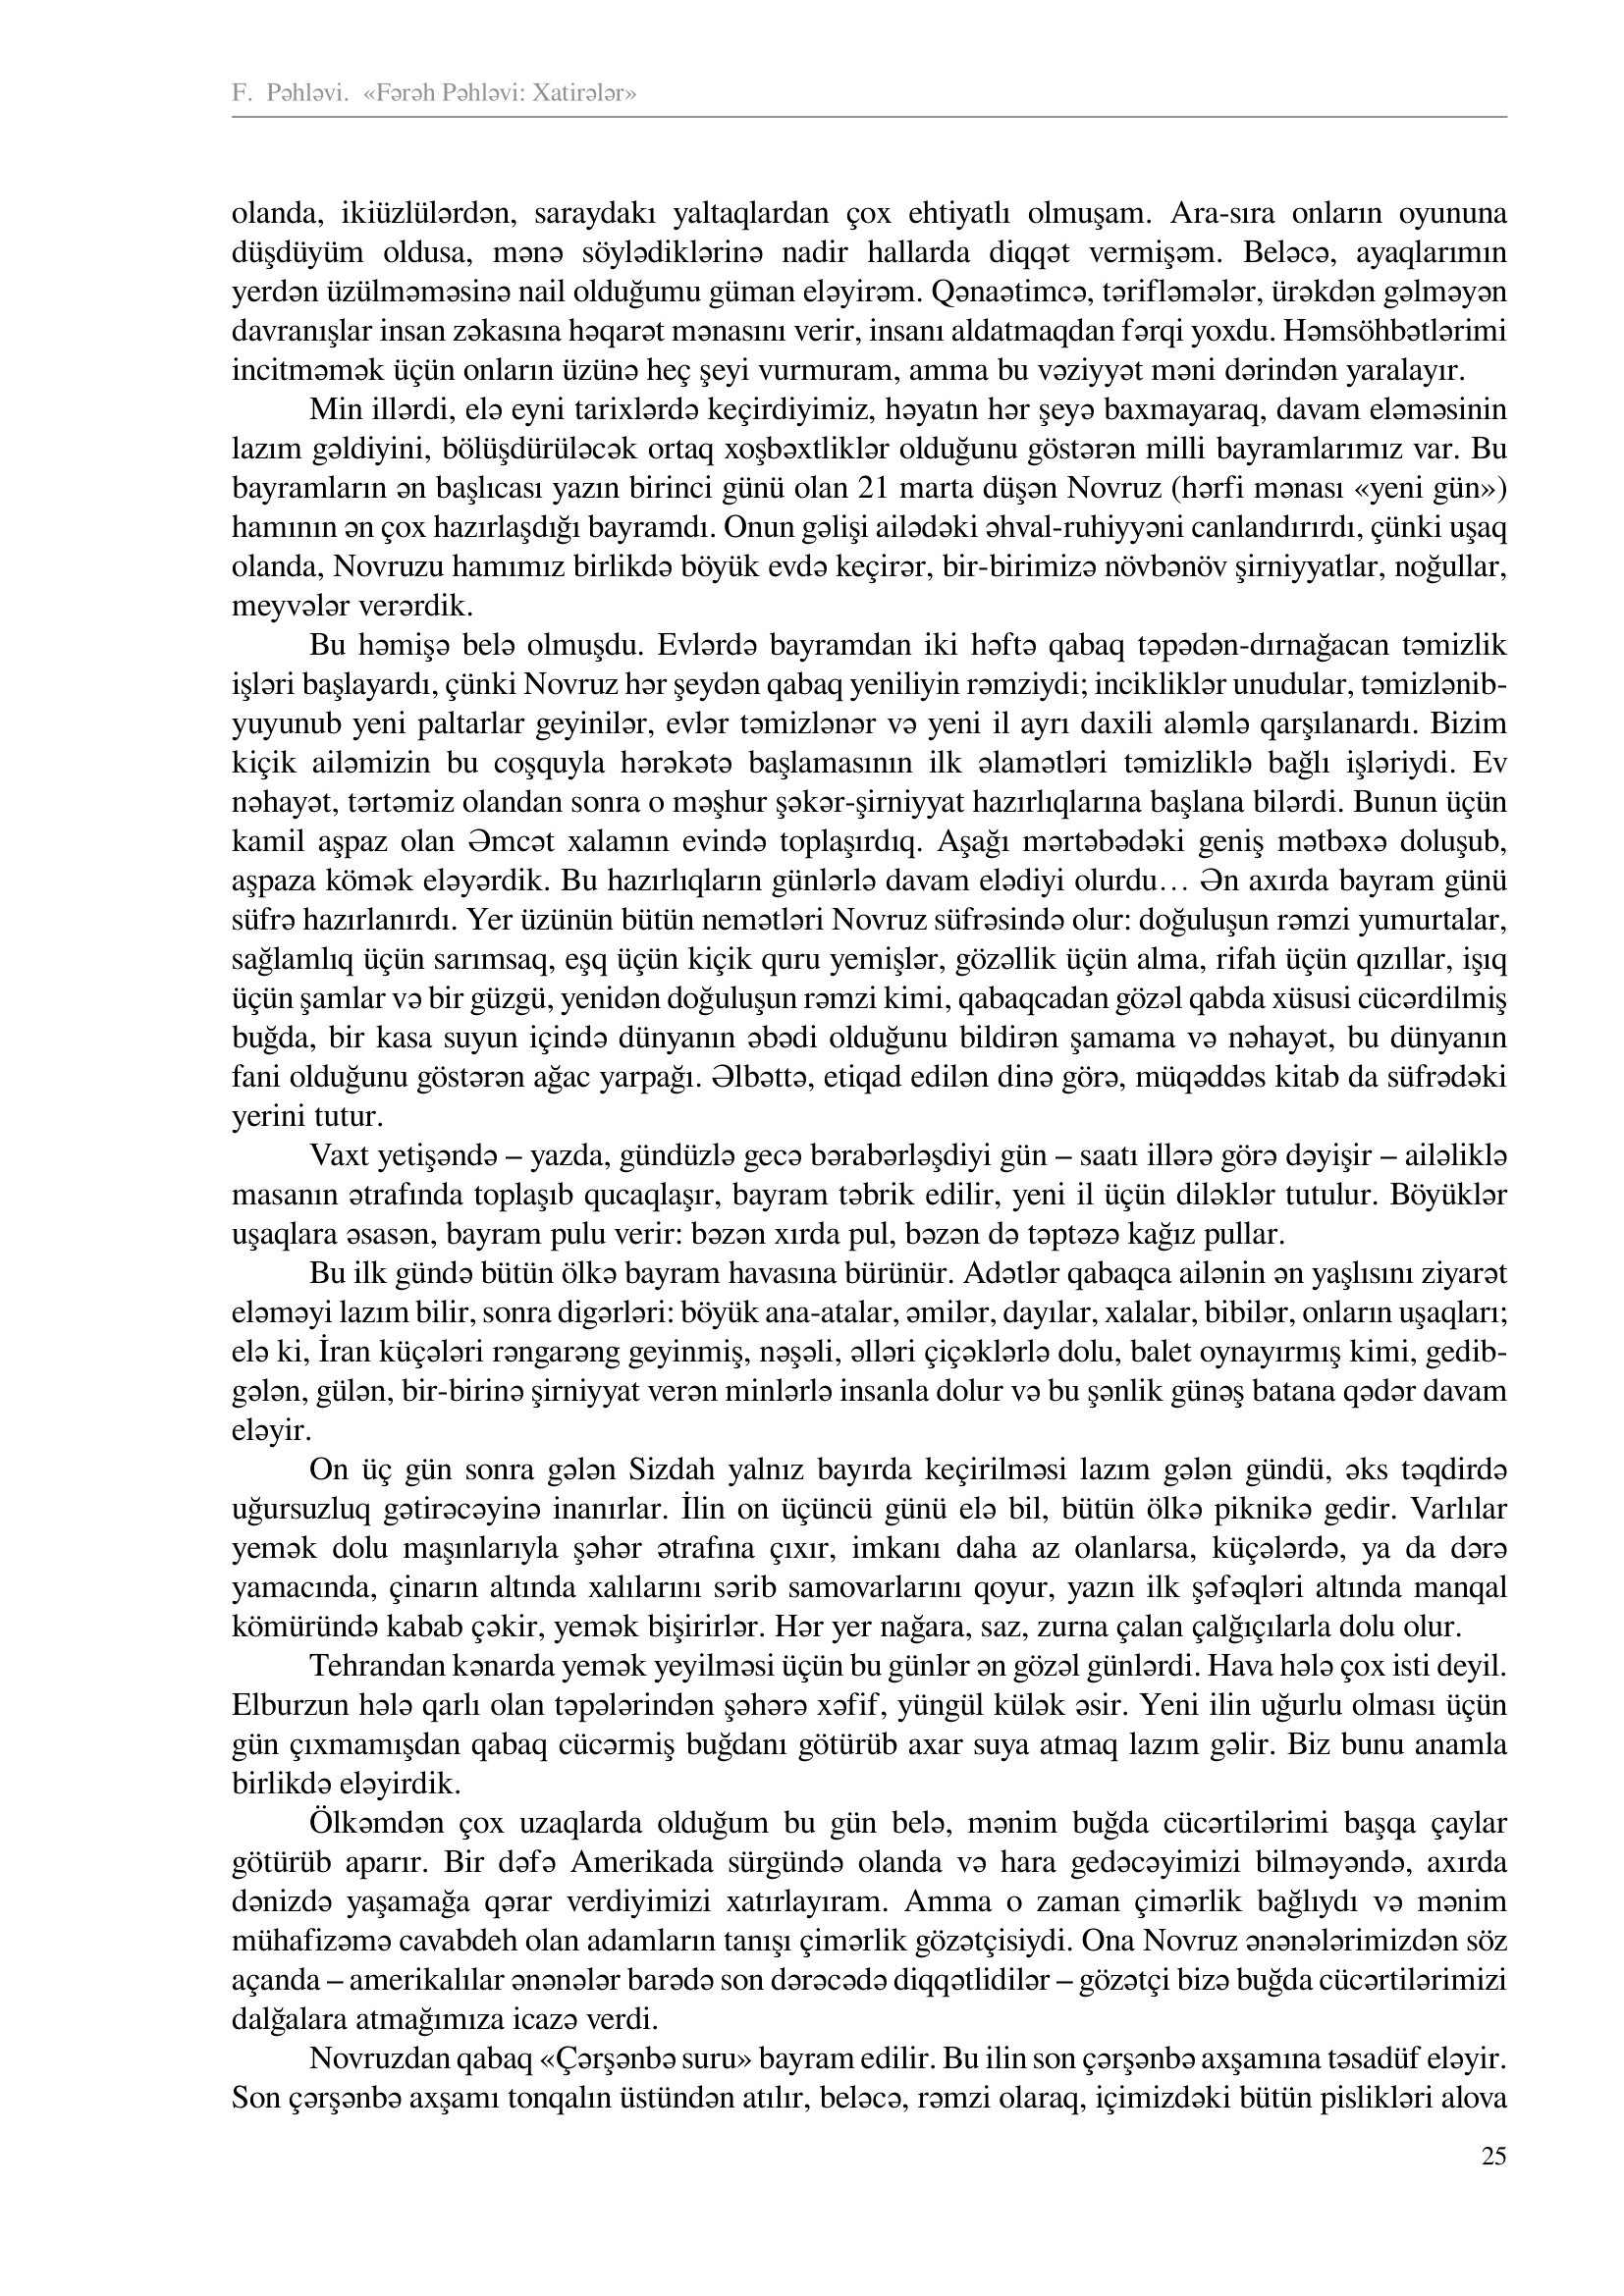
Language: az